Report of the Municipal Commissioner on the plague in Bombay for the year ending 31st May... - Volume 1
Disease focus: Plague
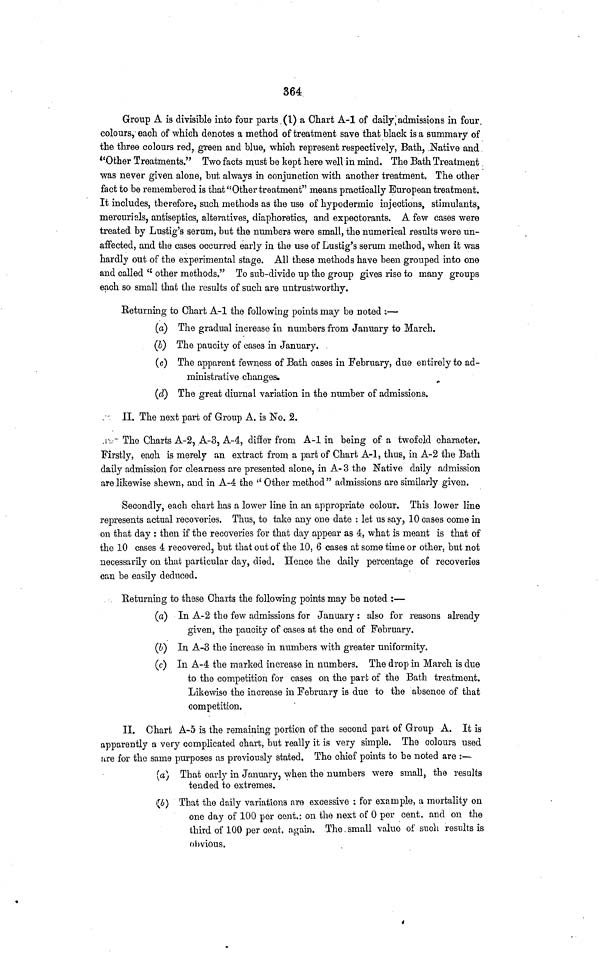
364:
Group A is divisible into four parts (1) a Chart A-l of daily, admissions in four
colours, each of which denotes a method of treatment save that black is a summary of
the three colours red, green and blue, which represent respectively, Bath, .Native and
"Other Treatments." Two facts must be kept here well in mind. The Bath Treatment
was never given alone, but always in conjunction with another treatment. The other
fact to be remembered is that "Other treatment" means practically European treatment.
It includes, therefore, such methods as the use of hypodermic injections, stimulants,
mercurials, antiseptics, alteratives, diaphoretics, and expectorants. A few cases were
treated by Lustig's serum, but the numbers were small, the numerical results were un-
affected, and the cases occurred early in the use of Lustig's serum method, when it was
hardly out of the experimental stage. All these methods have been grouped into one
and called <£ other methods." To sub-divide up the group gives rise to many groups
each so small that the results of such are untrustworthy.
Returning to Chart A-l the following points may be noted :—
(a) The gradual increase in numbers from January to March.
(6) The paucity of cases in January.
(c) The apparent fewness of Bath cases in February, due entirely to ad-
ministrative changes.
(d) The great diurnal variation in the number of admissions.
II. The next part of Group A. is No. 2.
The Charts A-2, A-3, A-4, differ from A-l in being of a twofold character.
Firstly, each is merely an extract from a part of Chart A-l, thus, in A-2 the Bath
daily admission for clearness are presented alone, in A- 3 the Native daily admission
are likewise shewn, and in A-4 the " Other method " admissions are similarly given.
Secondly, each chart has a lower line in an appropriate colour. This lower line
represents actual recoveries. Thus, to take any one date : let us say, 10 cases come in
on that day : then if the recoveries for that day appear as 4, what is meant is that of
the 10 cases 4 recovered, but that out of the 10, 6 cases at some time or other, but not
necessarily on that particular day, died. Hence the daily percentage of recoveries
can be easily deduced.
Returning to these Charts the following points may be noted :—
(a) In A-2 the few admissions for January : also for reasons already
given, the paucity of cases at the end of February.
(&) In A-3 the increase in numbers with greater uniformity.
(c) In A-4 the marked increase in numbers. The drop in March is due
to the competition for cases on the part of the Bath treatment.
Likewise the increase in February is due to the absence of that
competition.
II. Chart A-5 is the remaining portion of the second part of Group A. It is
apparently a very complicated chart, but really it is very simple. The colours used
f t re for the same purposes as previously stated. The chief points to be noted are :—
(a) That early in January, when the numbers were small, the results
tended to extremes.
(4) That the daily variations are excessive ; for example, a mortality on
one day of 100 per cent.: on the next of 0 per cent, and on the
third of 100 per cent, again. The small value of such results is
obvious.